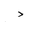
Letter: _dal